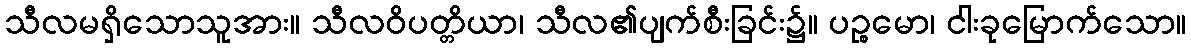
သီလမရှိသောသူအား။ သီလဝိပတ္တိယာ၊ သီလ၏ပျက်စီးခြင်း၌။ ပဉ္စမော၊ ငါးခုမြောက်သော။